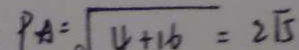
P A = \sqrt { 4 + 1 6 } = 2 \sqrt { 5 }